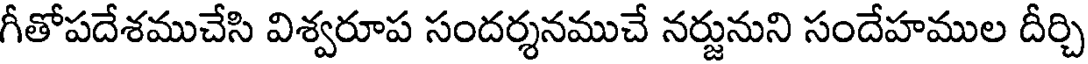
గీతోపదేశముచేసి విశ్వరూప సందర్శనముచే నర్జునుని సందేహముల దీర్చి